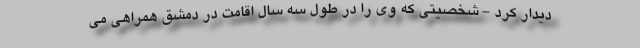
دیدار کرد - شخصیتی که وی را در طول سه سال اقامت در دمشق همراهی می